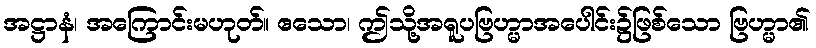
အဋ္ဌာနံ၊ အကြောင်းမဟုတ်။ ဧသော၊ ဤသို့အရူပဗြဟ္မာအပေါင်း၌ဖြစ်သော ဗြဟ္မာ၏